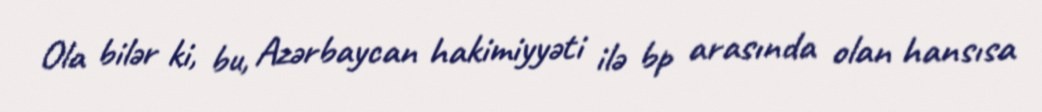
Ola bilər ki, bu, Azərbaycan hakimiyyəti ilə bp arasında olan hansısa